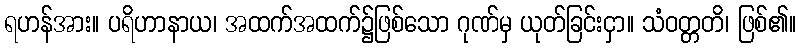
ရဟန်အား။ ပရိဟာနာယ၊ အထက်အထက်၌ဖြစ်သော ဂုဏ်မှ ယုတ်ခြင်းငှာ။ သံဝတ္တတိ၊ ဖြစ်၏။